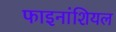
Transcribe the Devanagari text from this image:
फाइनांशियल